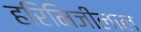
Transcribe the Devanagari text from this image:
हरिमिजीलाल